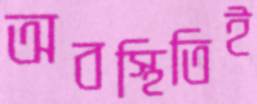
অবস্থিতিই